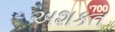
અશકત